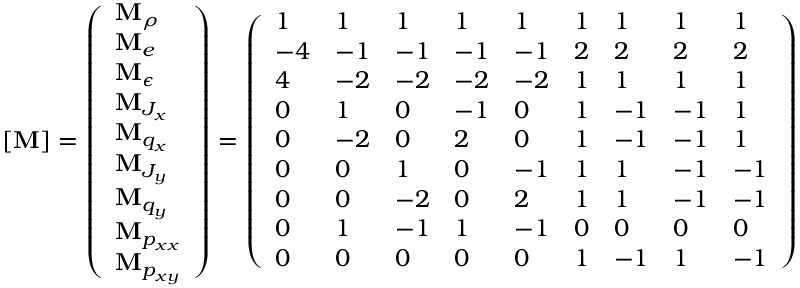
[ \mathbf { M } ] = \left( \begin{array} { l } { \mathbf { M } _ { \rho } } \\ { \mathbf { M } _ { e } } \\ { \mathbf { M } _ { \epsilon } } \\ { \mathbf { M } _ { J _ { x } } } \\ { \mathbf { M } _ { q _ { x } } } \\ { \mathbf { M } _ { J _ { y } } } \\ { \mathbf { M } _ { q _ { y } } } \\ { \mathbf { M } _ { p _ { x x } } } \\ { \mathbf { M } _ { p _ { x y } } } \end{array} \right) = \left( \begin{array} { l l l l l l l l l } { 1 } & { 1 } & { 1 } & { 1 } & { 1 } & { 1 } & { 1 } & { 1 } & { 1 } \\ { - 4 } & { - 1 } & { - 1 } & { - 1 } & { - 1 } & { 2 } & { 2 } & { 2 } & { 2 } \\ { 4 } & { - 2 } & { - 2 } & { - 2 } & { - 2 } & { 1 } & { 1 } & { 1 } & { 1 } \\ { 0 } & { 1 } & { 0 } & { - 1 } & { 0 } & { 1 } & { - 1 } & { - 1 } & { 1 } \\ { 0 } & { - 2 } & { 0 } & { 2 } & { 0 } & { 1 } & { - 1 } & { - 1 } & { 1 } \\ { 0 } & { 0 } & { 1 } & { 0 } & { - 1 } & { 1 } & { 1 } & { - 1 } & { - 1 } \\ { 0 } & { 0 } & { - 2 } & { 0 } & { 2 } & { 1 } & { 1 } & { - 1 } & { - 1 } \\ { 0 } & { 1 } & { - 1 } & { 1 } & { - 1 } & { 0 } & { 0 } & { 0 } & { 0 } \\ { 0 } & { 0 } & { 0 } & { 0 } & { 0 } & { 1 } & { - 1 } & { 1 } & { - 1 } \end{array} \right)